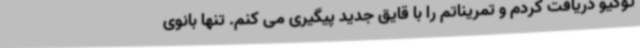
توکیو دریافت کردم و تمریناتم را با قایق جدید پیگیری می کنم. تنها بانوی